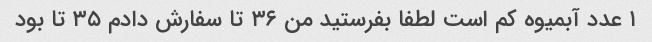
۱ عدد آبمیوه کم است لطفا بفرستید من ۳۶ تا سفارش دادم ۳۵ تا بود